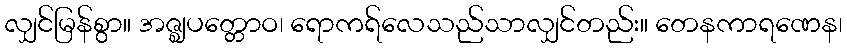
လျှင်မြန်စွာ။ အဇ္ဈပတ္တောဝ၊ ရောကရ်လေသည်သာလျှင်တည်း။ တေနကာရဏေန၊